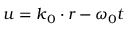
u = \boldsymbol { k } _ { 0 } \cdot \boldsymbol { r } - \omega _ { 0 } t